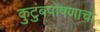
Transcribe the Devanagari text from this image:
कुटुंबपोषणाचा